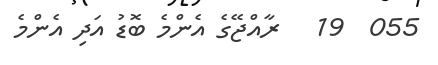
055  19   ރާއްޖޭގެ އެންމެ ބޮޑު އަދި އެންމެ